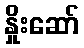
နှိုးဆော်